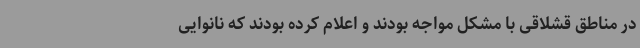
در مناطق قشلاقی با مشکل مواجه بودند و اعلام کرده بودند که نانوایی